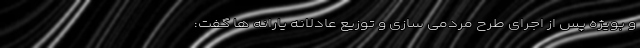
و بویژه پس از اجرای طرح مردمی سازی و توزیع عادلانه یارانه ها گفت: